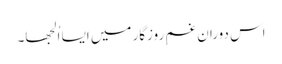
اس دوران غمِ روزگار میں ایسا اُلجھا۔